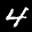
Label: 4